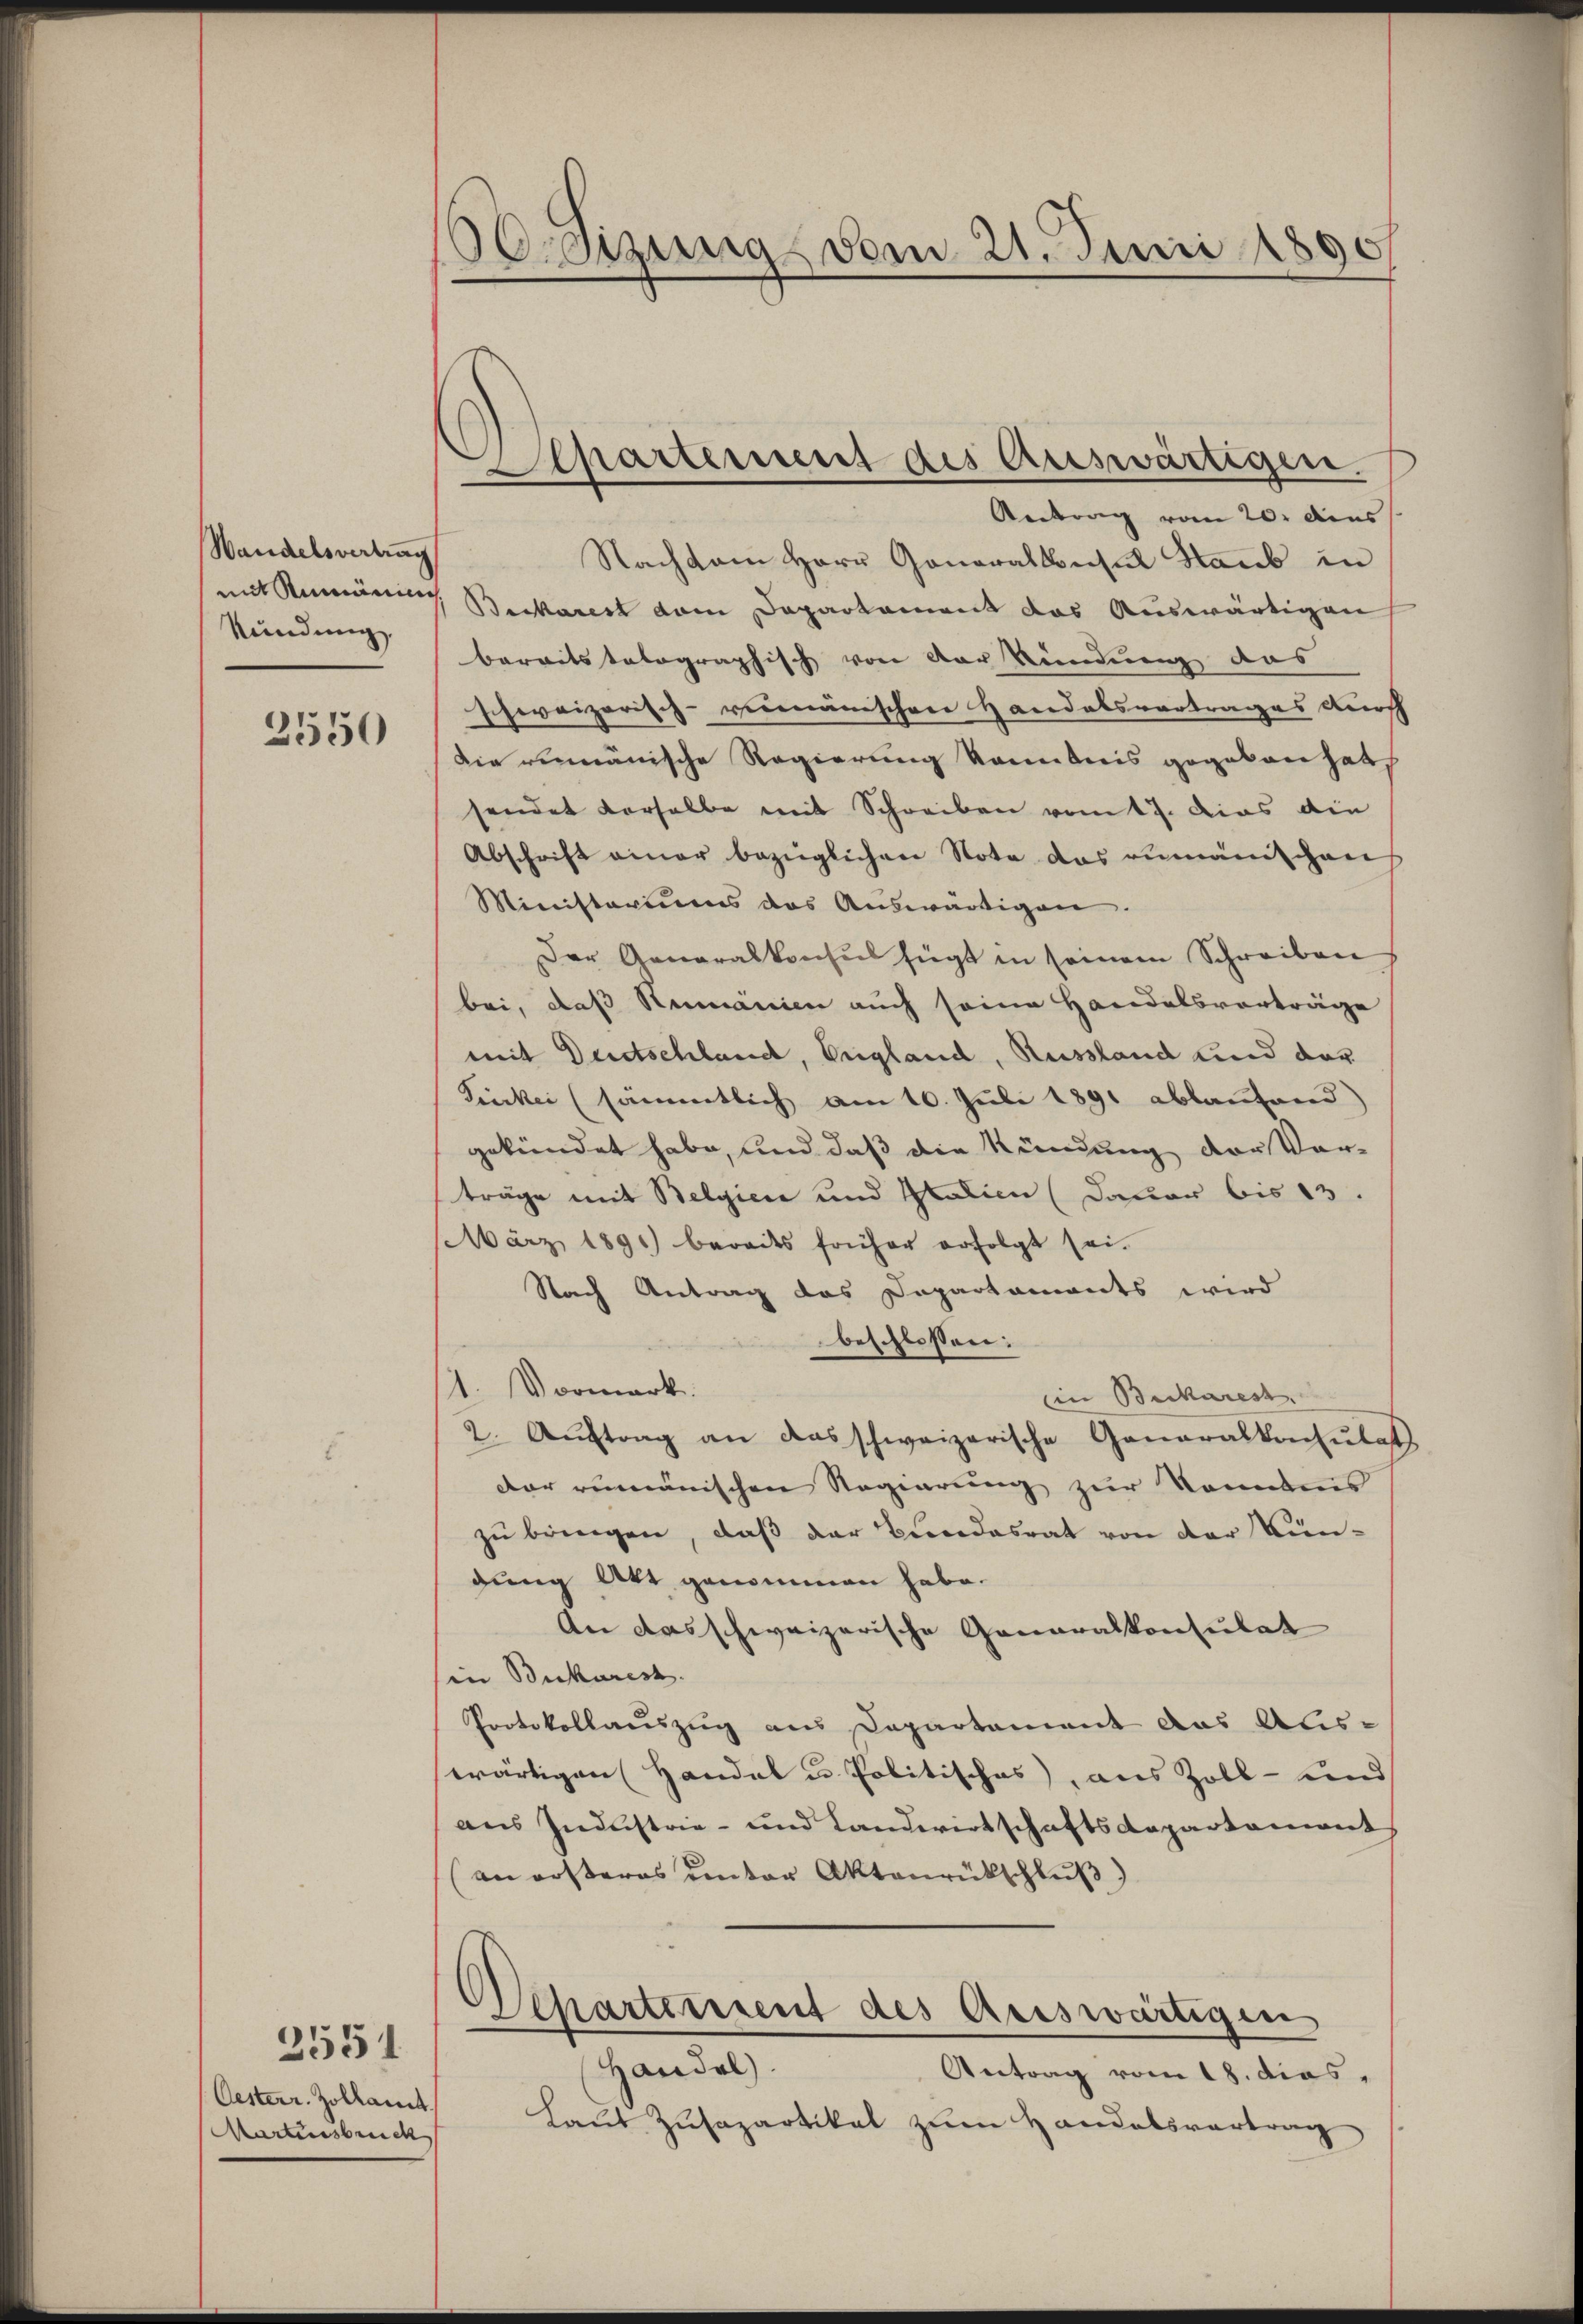
Wandelsvertrag
kündung

2550

Oesterr. Zollamt
Martirsbruck

2551

reizung vom 21. Juni 1890
.

Separtement des Auswärtigen.
Antrag vom 20. dies

Nachdem Herr Generalkonsul Staub in
mit Rumänig Beckarest vom Departament das Auswärtigen
bereitstalographisch von der kündung das
schweizerisch-rumänischen Handelsvortrages durch
Die rumänische Regierung kanntnis gegeben hat,
sendet derselbe mit Schreiben vom 17. dies die
Abschrift einer bezüglichen Note das rumänischen
Ministeriums das Aŭswärtigen.
Der Generalkonsul fügt in seinem Schreiben
bei, daß Rumänien auch seine Handelsvorträge
mit Deutschland, England, Russland und der
Kinkei (sämmtlich am 10. Juli 1891 ablaufend)
gekündet habe, und daß die Kündung der Vor-
träge mit Belgien und Italien (Dauer bis 13.
März 1891) bereits früher erfolgt sei.
Nach Antrag das Dapartaments wird
beschlossen:
1. Vormark
Ein Bucharest
2. Aŭftrag an das schweizerische Generalkonsulat
Der rumänischen Regierung zur Kenntnis
zu bringen, daß der Bundesrat von der Kündung Art genommen habe.
An das schweizerische Generalkonsulat
sin Bukurist.
Protokollauszug aus Departement das Abis-
wärtigen Handel u. Politisches, aus Zoll- und
aus Industrie- und Landwirtschaftsdepartement
(an ersteres unter Aktenrückschluß)
Departement des Auswärtigen
Handel.
Antrag vom 18. dies
Laut Zusapartikel zum Handelsvertrag